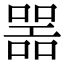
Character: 噐